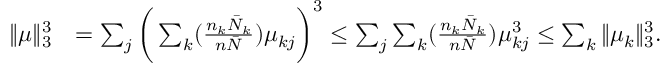
\begin{array} { r l } { \| \mu \| _ { 3 } ^ { 3 } } & { = \sum _ { j } \bigg ( \sum _ { k } ( \frac { n _ { k } \bar { N } _ { k } } { n \bar { N } } ) \mu _ { k j } \bigg ) ^ { 3 } \leq \sum _ { j } \sum _ { k } ( \frac { n _ { k } \bar { N } _ { k } } { n \bar { N } } ) \mu _ { k j } ^ { 3 } \leq \sum _ { k } \| \mu _ { k } \| _ { 3 } ^ { 3 } . } \end{array}